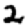
Digit: 2